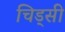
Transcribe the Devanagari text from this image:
चिड्सी